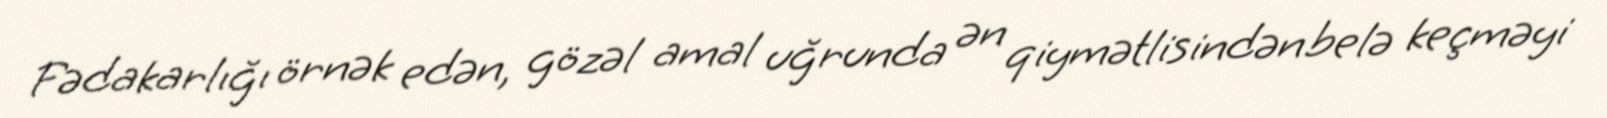
Fədakarlığı örnək edən, gözəl amal uğrunda ən qiymətlisindən belə keçməyi